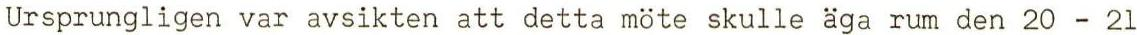
Ursprungligen var avsikten att detta möte skulle äga rum den 20 - 21